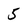
Character: 5